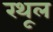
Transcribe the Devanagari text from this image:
रथूल